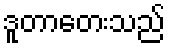
ဒူတာတေးသည်